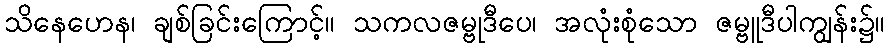
သိနေဟေန၊ ချစ်ခြင်းကြောင့်။ သကလဇမ္ဗုဒီပေ၊ အလုံးစုံသော ဇမ္ဗူဒီပါကျွန်း၌။